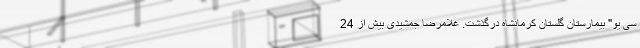
سی یو" بیمارستان گلستان کرمانشاه درگذشت. غلامرضا جمشیدی بیش از 24